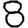
Digit: 8